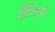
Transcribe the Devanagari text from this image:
वैगिना